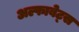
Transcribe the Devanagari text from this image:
अल्फाबेट्स